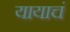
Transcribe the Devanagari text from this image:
यायाचं